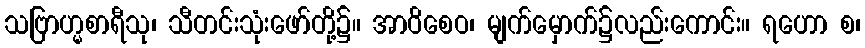
သဗြာဟ္မစာရီသု၊ သီတင်းသုံးဖော်တို့၌။ အာဝိစေဝ၊ မျက်မှောက်၌လည်းကောင်း။ ရဟော စ၊